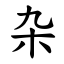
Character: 杂